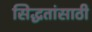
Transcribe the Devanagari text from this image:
सिद्धतांसाठी